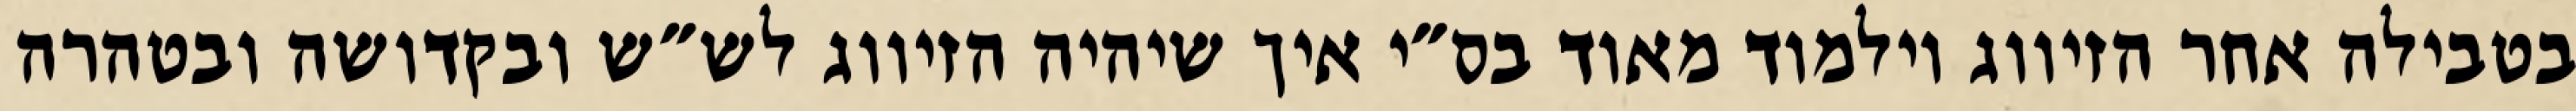
בטבילה אחר הזיווג וילמוד מאוד בס״י איך שיהיה הזיווג לש״ש ובקדושה ובטהרה